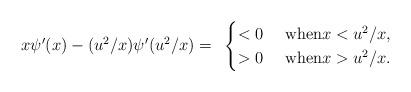
LaTeX: \begin{align*}x\psi'(x)-(u^2/x)\psi'(u^2/x)= ~\begin{cases}<0 & \textrm{ when}x< u^2/x, \\>0 & \textrm{ when}x>u^2/x. \\\end{cases}\end{align*}